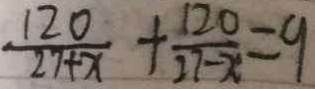
\frac { 1 2 0 } { 2 7 + x } + \frac { 1 2 0 } { 2 7 - x } = 9